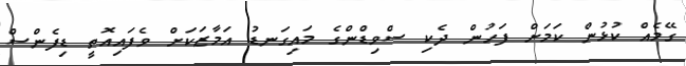
ގޭމެއް ކުޅުން ކަމަށް ފަހުން ދެކި ސްވިޑްންގެ މައިގަނޑު އަމާޒަކަށް ވެފައިއޮތީ ޑިފެންސް